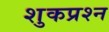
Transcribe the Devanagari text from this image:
शुकप्रश्न